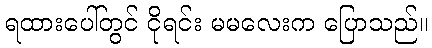
ရထားပေါ်တွင် ငိုရင်း မမလေးက ပြောသည်။